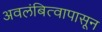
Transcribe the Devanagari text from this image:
अवलंबित्वापासून